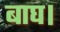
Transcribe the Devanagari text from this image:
बाघ।